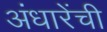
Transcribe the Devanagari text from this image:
अंधारेंची